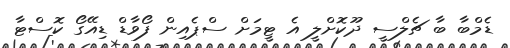
ޑެމްބާ ބާ ޗެލްސީ ދޫކޮށްލީ އެ ޓީމަށް ސްޕެއިން ފޯވާޑް ޑިއޭގޯ ކޮސްޓާ